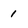
Character: 1